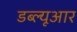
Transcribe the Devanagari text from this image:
डब्‍ल्‍यूआर